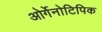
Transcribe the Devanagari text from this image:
ओर्गेनोटिपिक